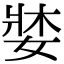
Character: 𡞓